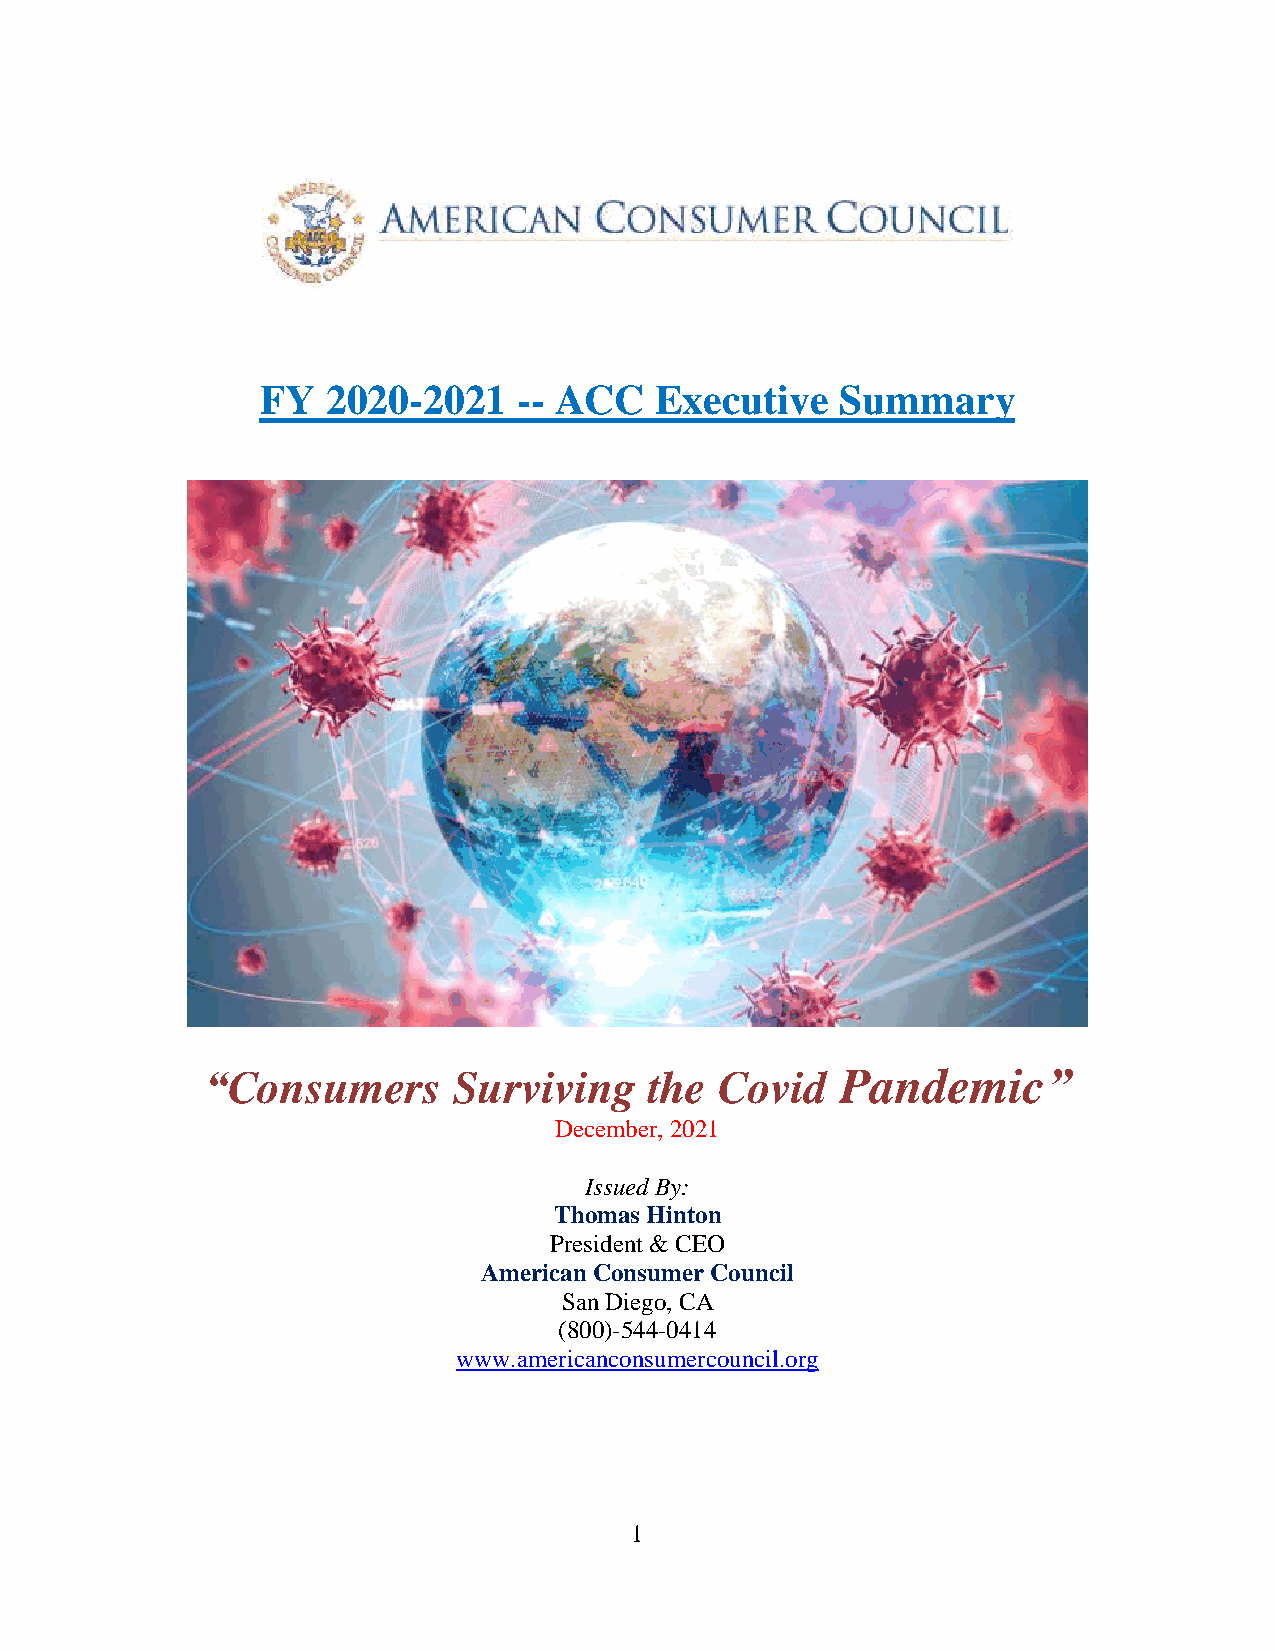
FY   2020-2021   -- ACC   Executive    Summary
 “Consumers      Surviving    the  Covid   Pandemic”
 December, 2021
 Issued By:
 Thomas Hinton
 President & CEO
 American Consumer Council
 San Diego, CA
 (800)-544-0414
 www.americanconsumercouncil.org
 1